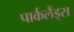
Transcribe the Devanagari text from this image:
पार्कलैंड्स